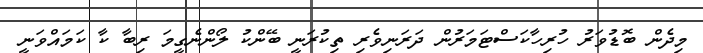
މިދެން ބޮޑުވަރު ހުރިހާކަސްޓަމަރުން ދަރަނިވެރި ތިކުރަނީ ބޭންކު ލޯންނެގީމަ ރިބާ ކާ ކަމައްވަނީ